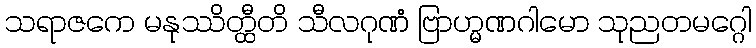
သရာဇကေ မနုဿိတ္ထီတိ သီလဂုဏံ ဗြာဟ္မဏဂါမော သုညတမဂ္ဂေါ